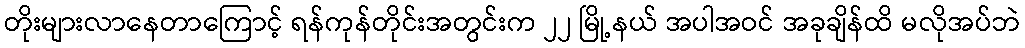
တိုးများလာနေတာကြောင့် ရန်ကုန်တိုင်းအတွင်းက ၂၂ မြို့နယ် အပါအဝင် အခုချိန်ထိ မလိုအပ်ဘဲ